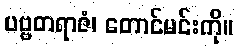
ပဗ္ဗတရာဇံ၊ တောင်မင်းကို။